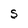
Character: S